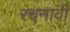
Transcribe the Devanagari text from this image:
रचनावी